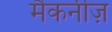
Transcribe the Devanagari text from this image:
मैकनीज़